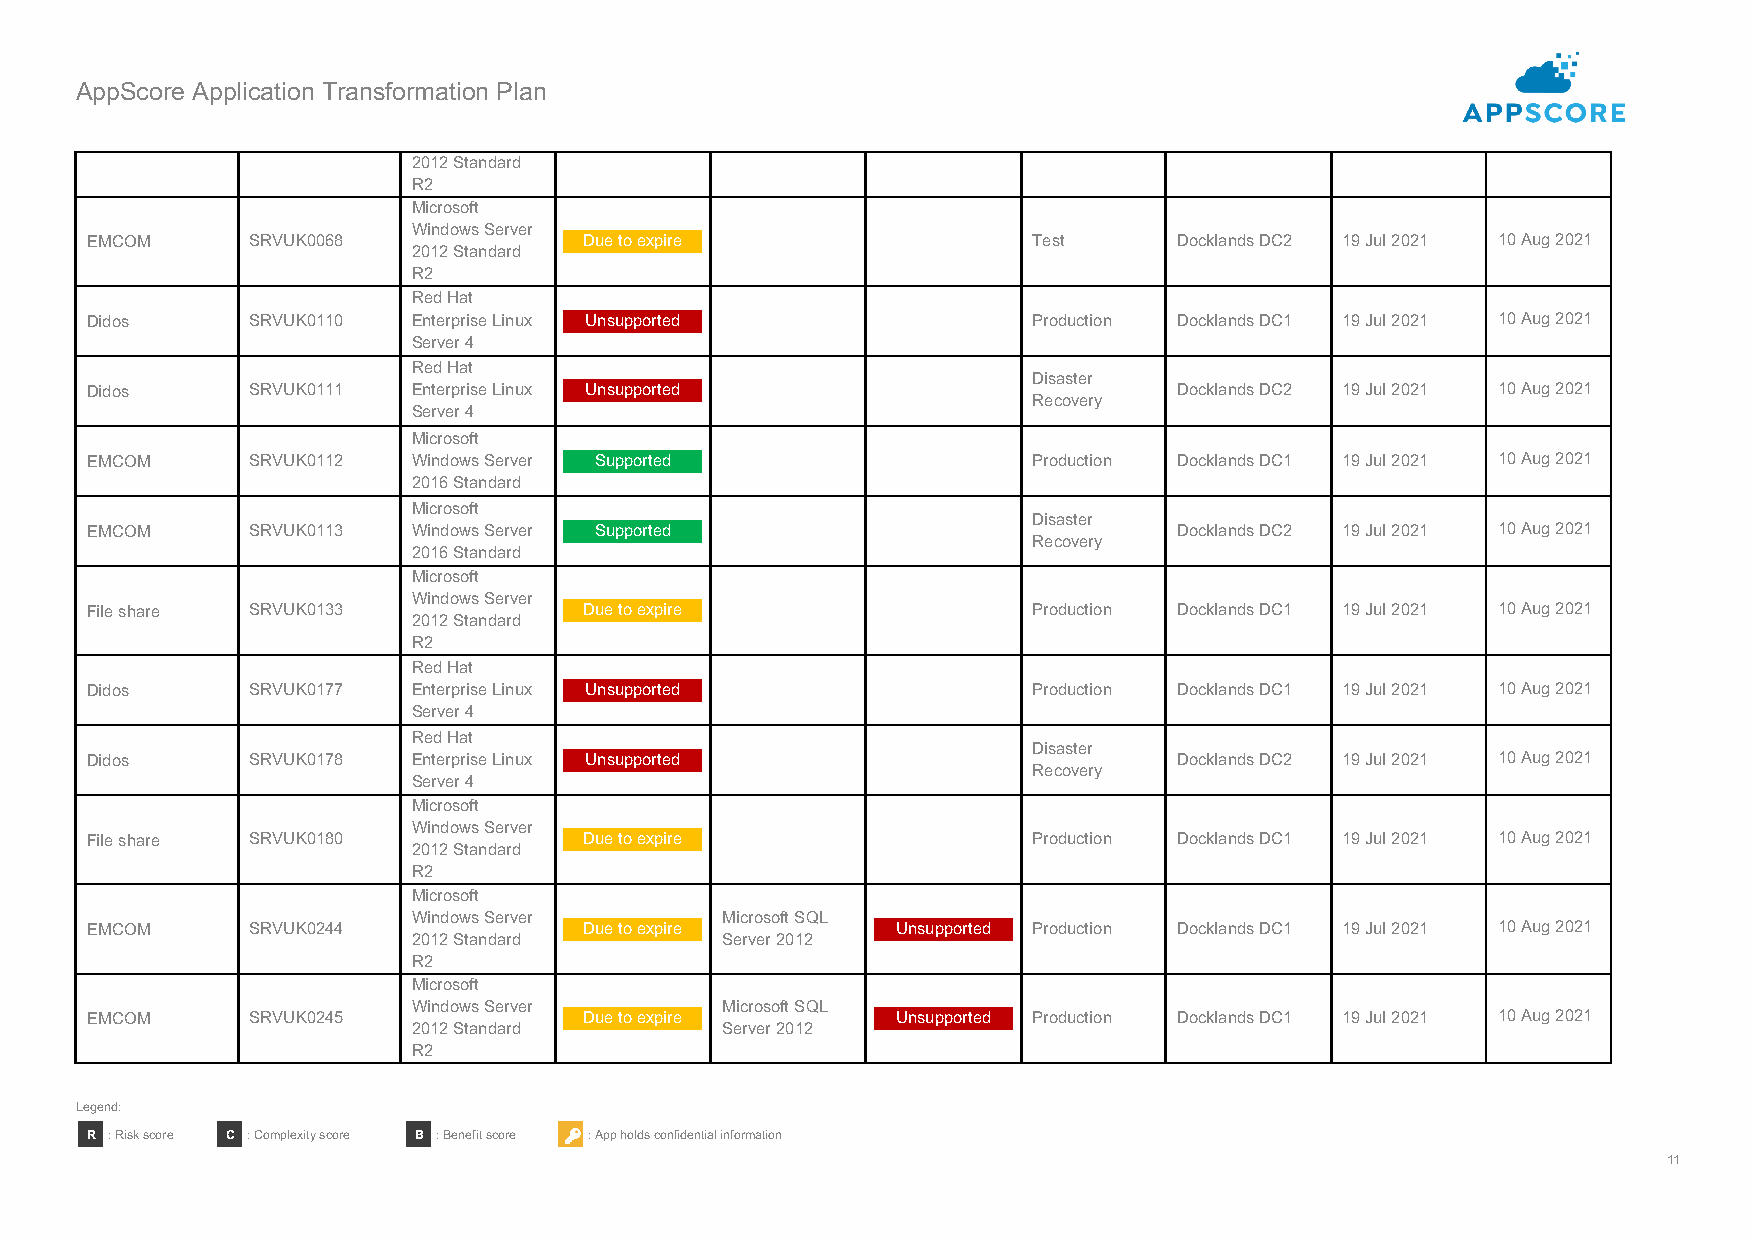
AppScore Application Transformation Plan
 2012 Standard
 R2
 Microsoft
 Windows Server
 EMCOM     SRVUK0068              Due to expire                Test      Docklands DC2 19 Jul 2021 10 Aug 2021
 2012 Standard
 R2
 Red Hat
 Didos     SRVUK0110  Enterprise Linux Unsupported             Production Docklands DC1 19 Jul 2021 10 Aug 2021
 Server 4
 Red Hat
 Disaster
 Didos     SRVUK0111  Enterprise Linux Unsupported                       Docklands DC2 19 Jul 2021 10 Aug 2021
 Recovery
 Server 4
 Microsoft
 EMCOM     SRVUK0112  Windows Server Supported                 Production Docklands DC1 19 Jul 2021 10 Aug 2021
 2016 Standard
 Microsoft
 Disaster
 EMCOM     SRVUK0113  Windows Server Supported                           Docklands DC2 19 Jul 2021 10 Aug 2021
 Recovery
 2016 Standard
 Microsoft
 Windows Server
 File share SRVUK0133             Due to expire                Production Docklands DC1 19 Jul 2021 10 Aug 2021
 2012 Standard
 R2
 Red Hat
 Didos     SRVUK0177  Enterprise Linux Unsupported             Production Docklands DC1 19 Jul 2021 10 Aug 2021
 Server 4
 Red Hat
 Disaster
 Didos     SRVUK0178  Enterprise Linux Unsupported                       Docklands DC2 19 Jul 2021 10 Aug 2021
 Recovery
 Server 4
 Microsoft
 Windows Server
 File share SRVUK0180             Due to expire                Production Docklands DC1 19 Jul 2021 10 Aug 2021
 2012 Standard
 R2
 Microsoft
 Windows Server       Microsoft SQL
 EMCOM     SRVUK0244              Due to expire       Unsupported Production Docklands DC1 19 Jul 2021 10 Aug 2021
 2012 Standard        Server 2012
 R2
 Microsoft
 Windows Server       Microsoft SQL
 EMCOM     SRVUK0245              Due to expire       Unsupported Production Docklands DC1 19 Jul 2021 10 Aug 2021
 2012 Standard        Server 2012
 R2
 Legend:
 R : Risk score C : Complexity score B : Benefit score : App holds confidential information
 11